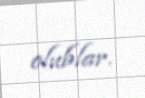
olublar.